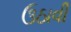
ઉઠાવી